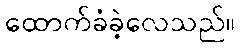
ထောက်ခံခဲ့လေသည်။